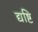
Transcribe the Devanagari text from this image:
द्यष्टि